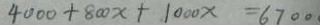
4 0 0 0 + 8 0 0 x + 1 0 0 0 x = 6 7 0 0